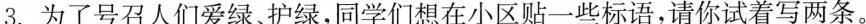
3.为了号召人们爱绿、护绿，同学们想在小区贴一些标语，请你试着写两条。